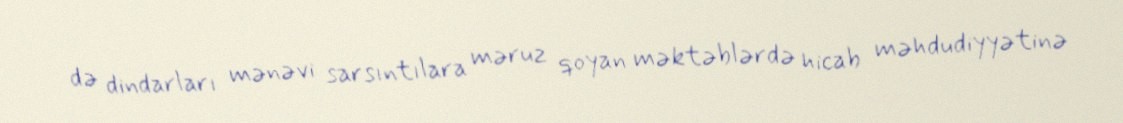
də dindarları mənəvi sarsıntılara məruz qoyan məktəblərdə hicab məhdudiyyətinə